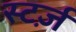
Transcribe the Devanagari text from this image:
स्टर्ज़